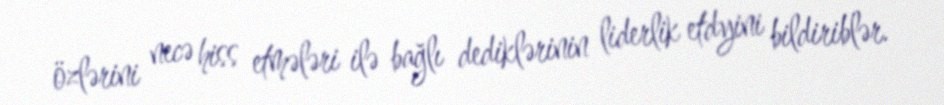
özlərini necə hiss etmələri ilə bağlı dediklərinin liderlik etdyini bildiriblər.